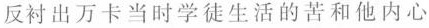
反衬出万卡当时学徒生活的苦和他内心